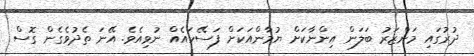
ދުރުގައި މަންޒަރު ބަލަން އިންނާކަށް ޔުމާންއަކަށް ފަސޭހައެއް ނުވިއެވެ. އޭނަ ތެދުވެގެން ގޮސް